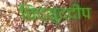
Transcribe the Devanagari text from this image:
विद्युद्दीप